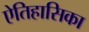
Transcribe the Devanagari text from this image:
ऐतिहासिका